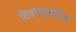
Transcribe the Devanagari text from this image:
विषाणूवरील